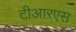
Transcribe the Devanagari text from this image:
टीआऱएस